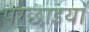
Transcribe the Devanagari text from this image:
परछाइयां